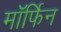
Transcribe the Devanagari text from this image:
माॅर्फिन